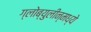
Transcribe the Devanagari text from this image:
ग्लोब्युलीन्मध्ये